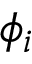
\phi _ { i }